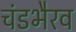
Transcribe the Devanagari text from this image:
चंडभैरव